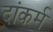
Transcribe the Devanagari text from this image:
दांकर्म